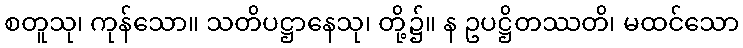
စတူသု၊ ကုန်သော။ သတိပဋ္ဌာနေသု၊ တို့၌။ န ဥပဋ္ဌိတဿတိ၊ မထင်သော